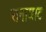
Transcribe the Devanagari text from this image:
रानाघाट